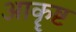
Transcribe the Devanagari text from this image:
आकॄष्ट